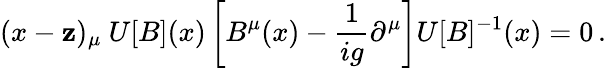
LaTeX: (x-\mathbf{z})_{\mu}\ U[B](x)\left[B^{\mu}(x)-{\frac{{1}}{{ig}}}\partial^{\mu}\right]U[B]^{-1}(x)=0\, .